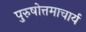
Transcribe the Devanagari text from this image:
पुरुषोत्तमाचार्य